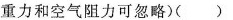
重力和空气阻力可忽略)( )